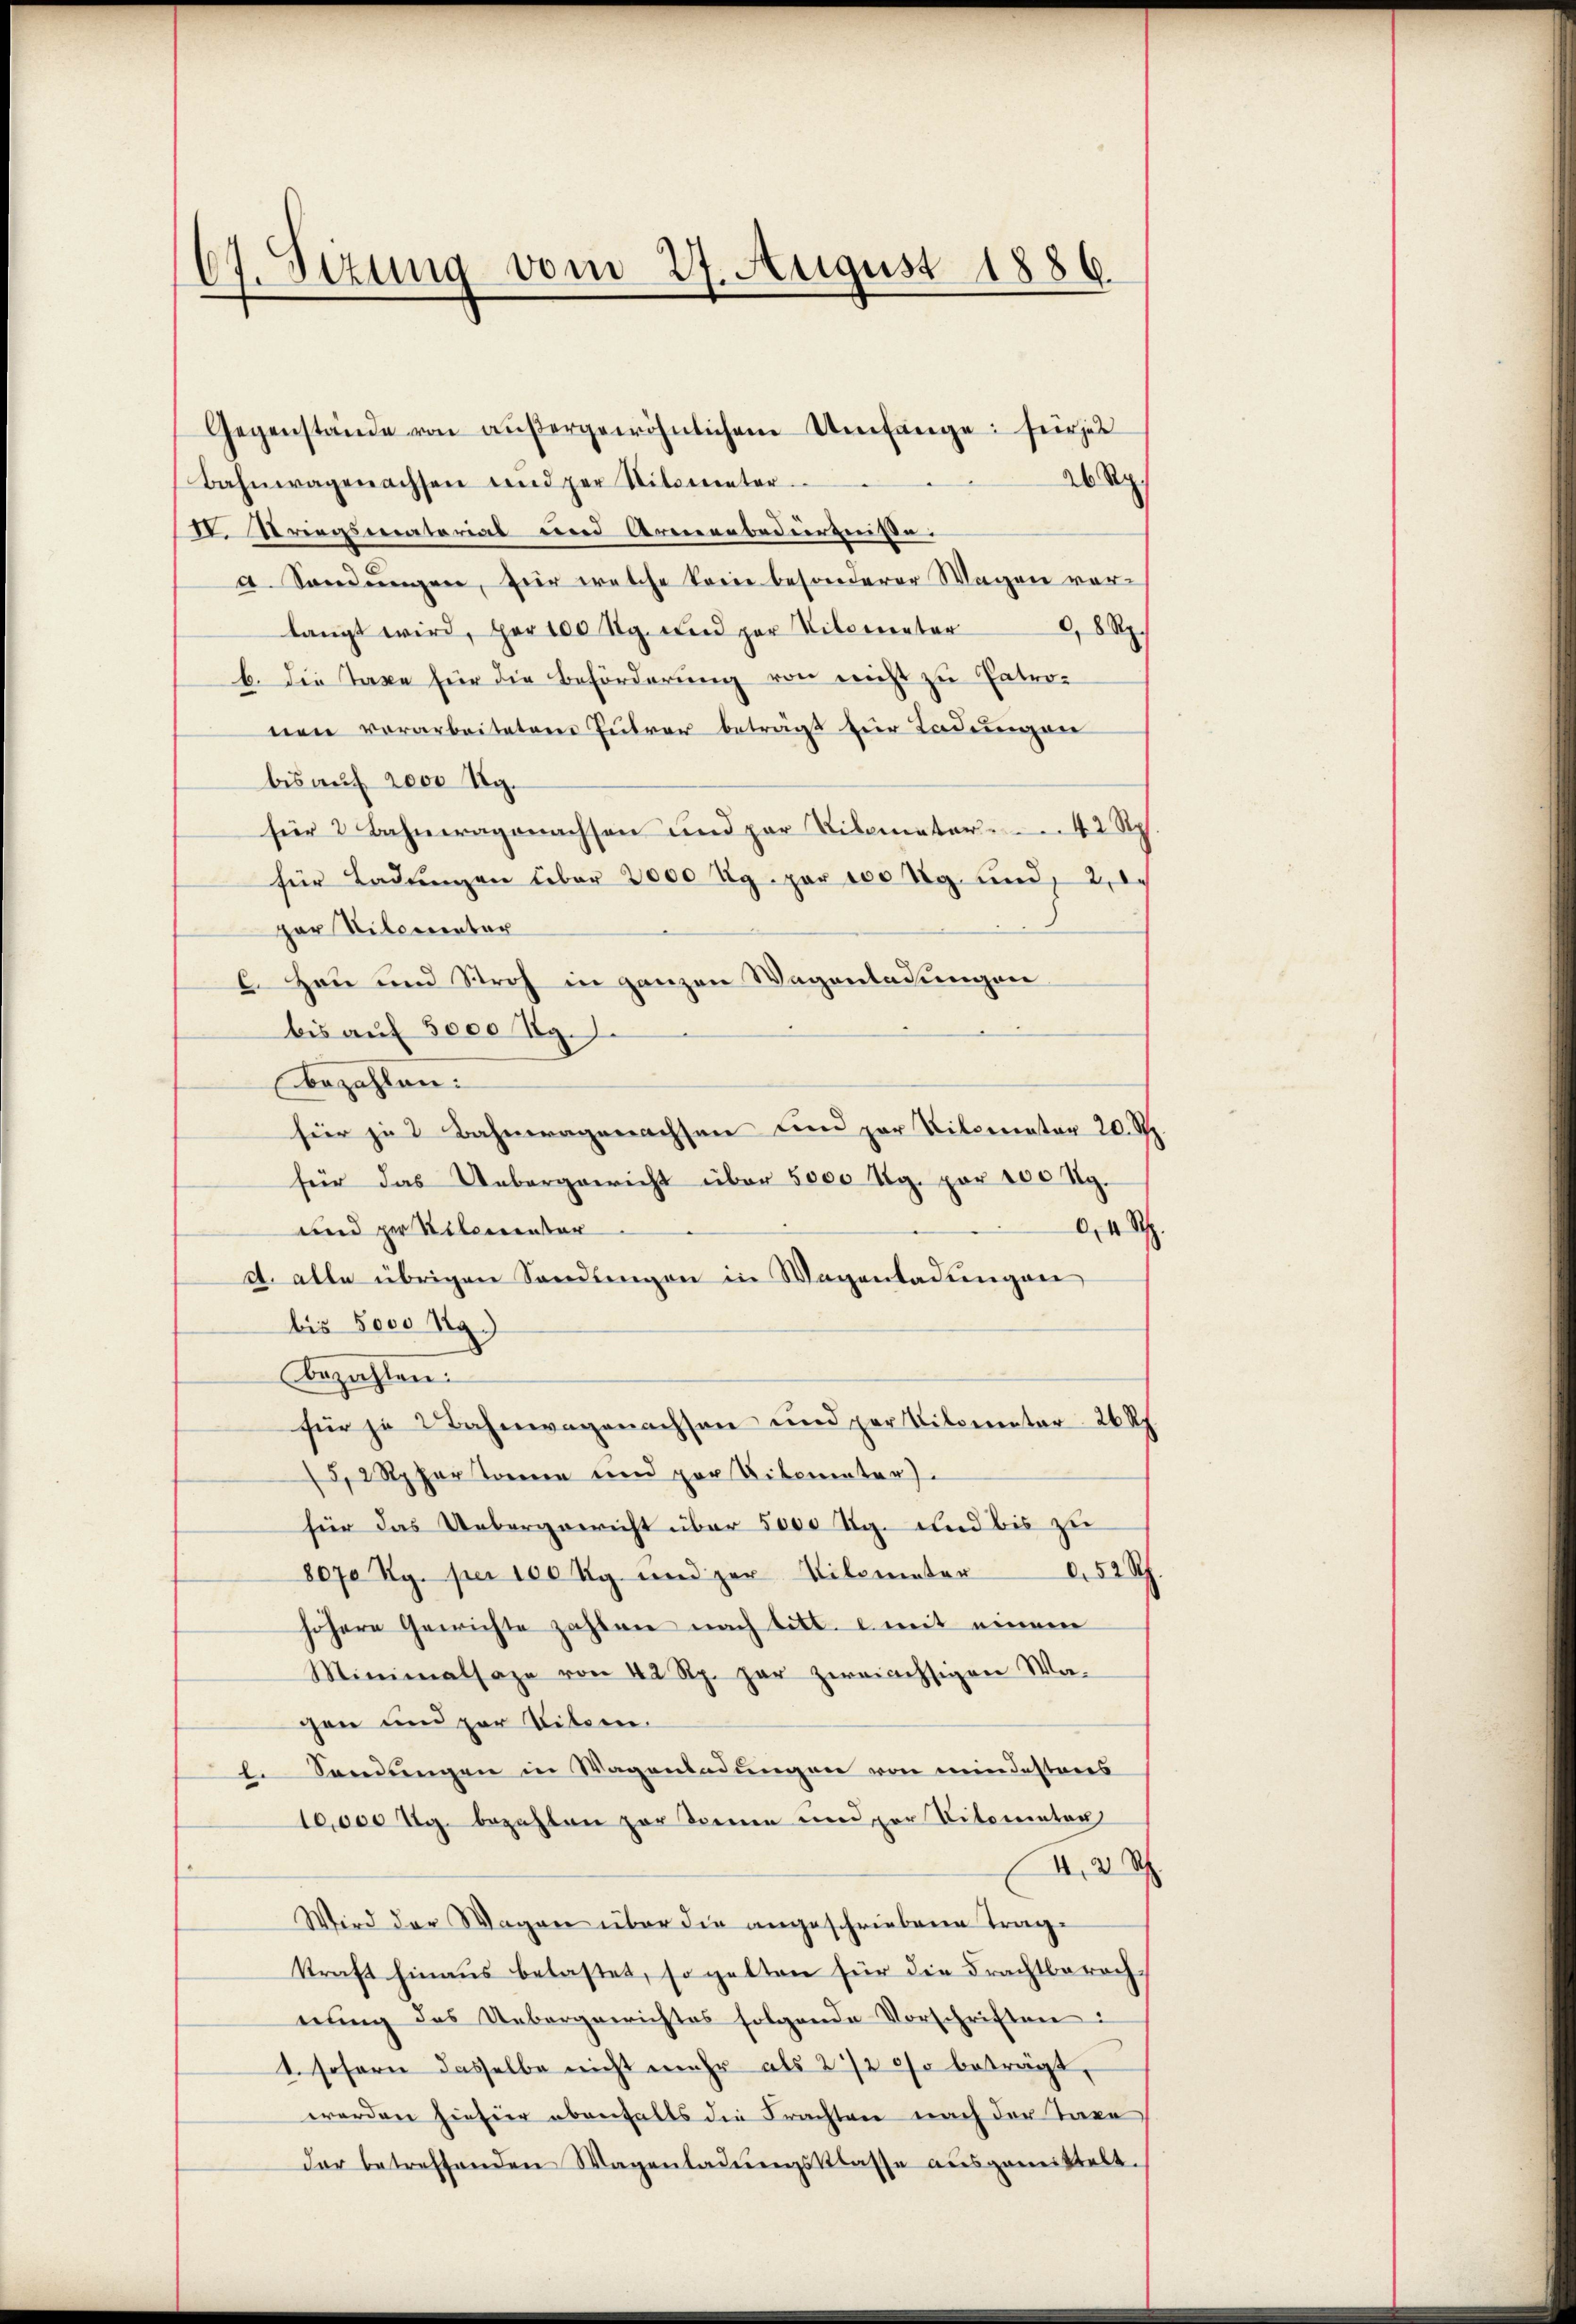
67. Sezung vom 27. August 1886.

Gegenstände von aŭβergewöhnlichem Umfange für jet
Bahnwagenachsen und der Kilometer
26 Rp.
II. Kriegsmaterial und Armenbedürfniße.
a Sandungen, für welche kein besonderer Wagen vorlangt wird, per 100 Ug. und per Vilocereter, 8 Rp.
b. Die Taxe für die Beförderung von nicht zu Patronen vorarbeiteten Fuhrer beträgt zur Ladungen
bis auf 2000 Rg.
für 2 Bahneragonachsen und par Vilamater 42 Rp
für Ladungen über 2000 Ug. pr 100 Ag. und 2, 1.
par Vilementar
I. Heu und Stroh in ganzen Wagenladungen
bis auf 5000 Kg.
Bezahlen.
hür zu 2 Bahneragenachsen und zur Vilsenator 20. Rpp.
für das Unbergericht über 5000 Ug. pr 100 Ag.
und per Stilementar
04 S.
d. alle übrigen Sandungen in Wagenladungen
bis Joso Rg.)
bezahlen.
für je 2 Bahnwagenachsen und der Kilometer 26 Rp.
52 Rp. Portoren und per Bilomater)
für das Uebergericht über 5000 Ug. und bis zu
8070 Rp. per 100 Kg. und zur Kilometer 652 Rh
höhere Gewichte zahlen nach litt. c. mit einem
Minimalsage von 42 Rp. gar zweiachsigen Wagen und zur Litern.
1. Sendungen in Wagenindungen von meindesteres
10,000 Mg. bezahlen zur Treuen und zur Titorenter
. S
Wird der Wagen über die angeschriebene Trag-
kraft hinaŭs belastet, so gelten für die Frachtberechnŭng des Uebergerrichtes folgende Vorschriften:
1. sofern dasselbe nicht mehr als 272 so beträgt,
worden hiesier obenfalls die Frachten nach der Taxe
der betreffenden Wagenladŭngsklasse aŭsgemittelt.